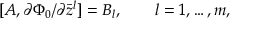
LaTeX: [ A , \partial \Phi _ { 0 } / \partial \bar { z } ^ { l } ] = B _ { l } , \qquad l = 1 , \dots , m ,